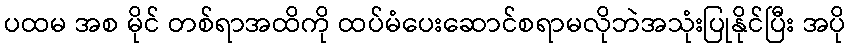
ပထမ အစ မိုင် တစ်ရာအထိကို ထပ်မံပေးဆောင်စရာမလိုဘဲအသုံးပြုနိုင်ပြီး အပို